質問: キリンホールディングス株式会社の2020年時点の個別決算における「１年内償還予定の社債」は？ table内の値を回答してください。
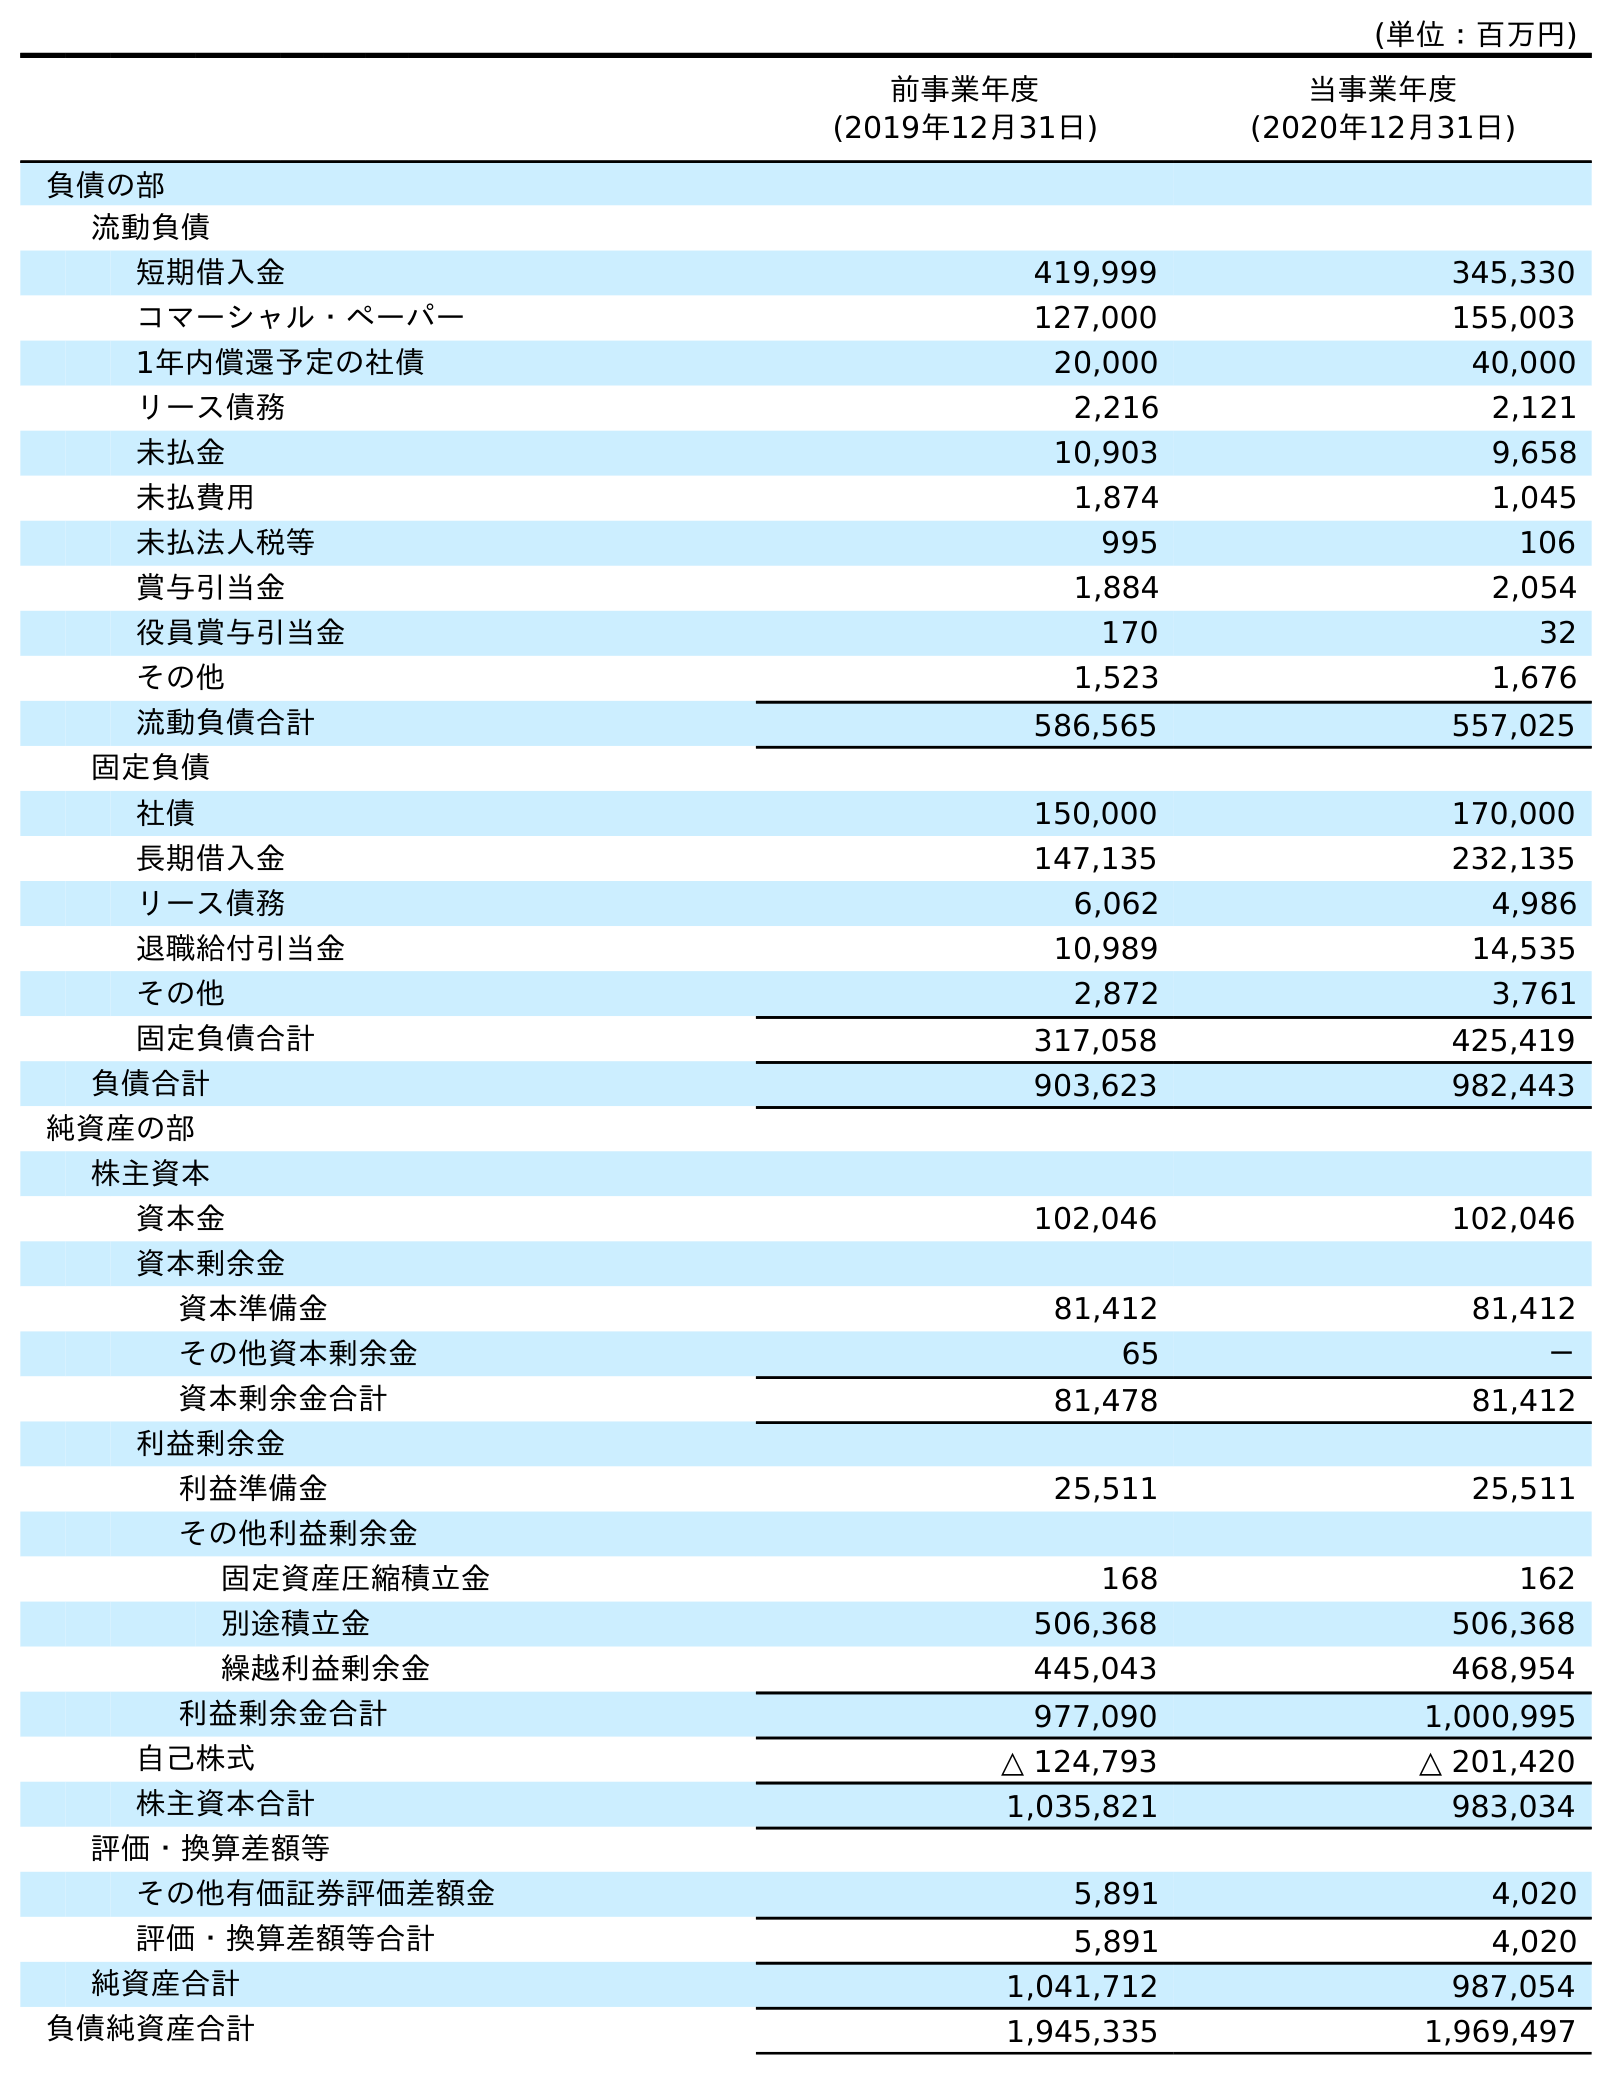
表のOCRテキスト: (単位：百万円) 前事業年度 (2019年12月31日) 当事業年度 (2020年12月31日) 負債の部 流動負債 短期借入金 419,999 345,330 コマーシャル・ペーパー 127,000 155,003 1年内償還予定の社債 20,000 40,000 リース債務 2,216 2,121 未払金 10,903 9,658 未払費用 1,874 1,045 未払法人税等 995 106 賞与引当金 1,884 2,054 役員賞与引当金 170 32 その他 1,523 1,676 流動負債合計 586,565 557,025 固定負債 社債 150,000 170,000 長期借入金 147,135 232,135 リース債務 6,062 4,986 退職給付引当金 10,989 14,535 その他 2,872 3,761 固定負債合計 317,058 425,419 負債合計 903,623 982,443 純資産の部 株主資本 資本金 102,046 102,046 資本剰余金 資本準備金 81,412 81,412 その他資本剰余金 65 － 資本剰余金合計 81,478 81,412 利益剰余金 利益準備金 25,511 25,511 その他利益剰余金 固定資産圧縮積立金 168 162 別途積立金 506,368 506,368 繰越利益剰余金 445,043 468,954 利益剰余金合計 977,090 1,000,995 自己株式 △ 124,793 △ 201,420 株主資本合計 1,035,821 983,034 評価・換算差額等 その他有価証券評価差額金 5,891 4,020 評価・換算差額等合計 5,891 4,020 純資産合計 1,041,712 987,054 負債純資産合計 1,945,335 1,969,497
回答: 40,000